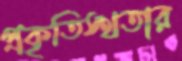
প্রকৃতিস্থতার